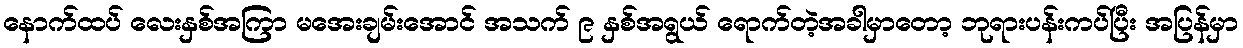
နောက်ထပ် လေးနှစ်အကြာ မအေးချမ်းအောင် အသက် ၉ နှစ်အရွယ် ရောက်တဲ့အခါမှာတော့ ဘုရားပန်းကပ်ပြီး အပြန်မှာ